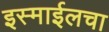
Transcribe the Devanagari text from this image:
इस्माईलचा